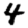
Digit: 4